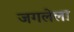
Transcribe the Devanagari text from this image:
जगलेला